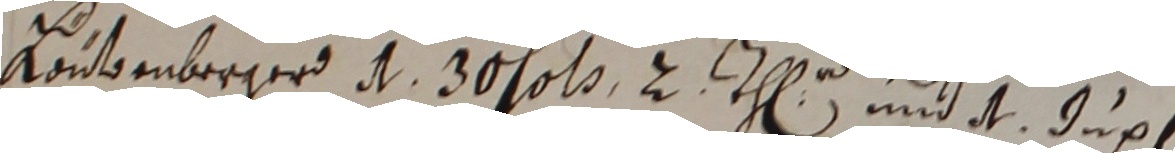
Kontenberger d 30 solb 2 th und dt dup